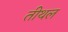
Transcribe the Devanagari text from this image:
तीथल